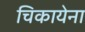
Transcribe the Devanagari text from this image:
चिकायेना